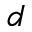
d